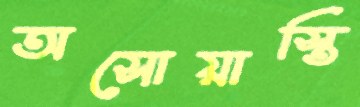
অসোয়াস্তি